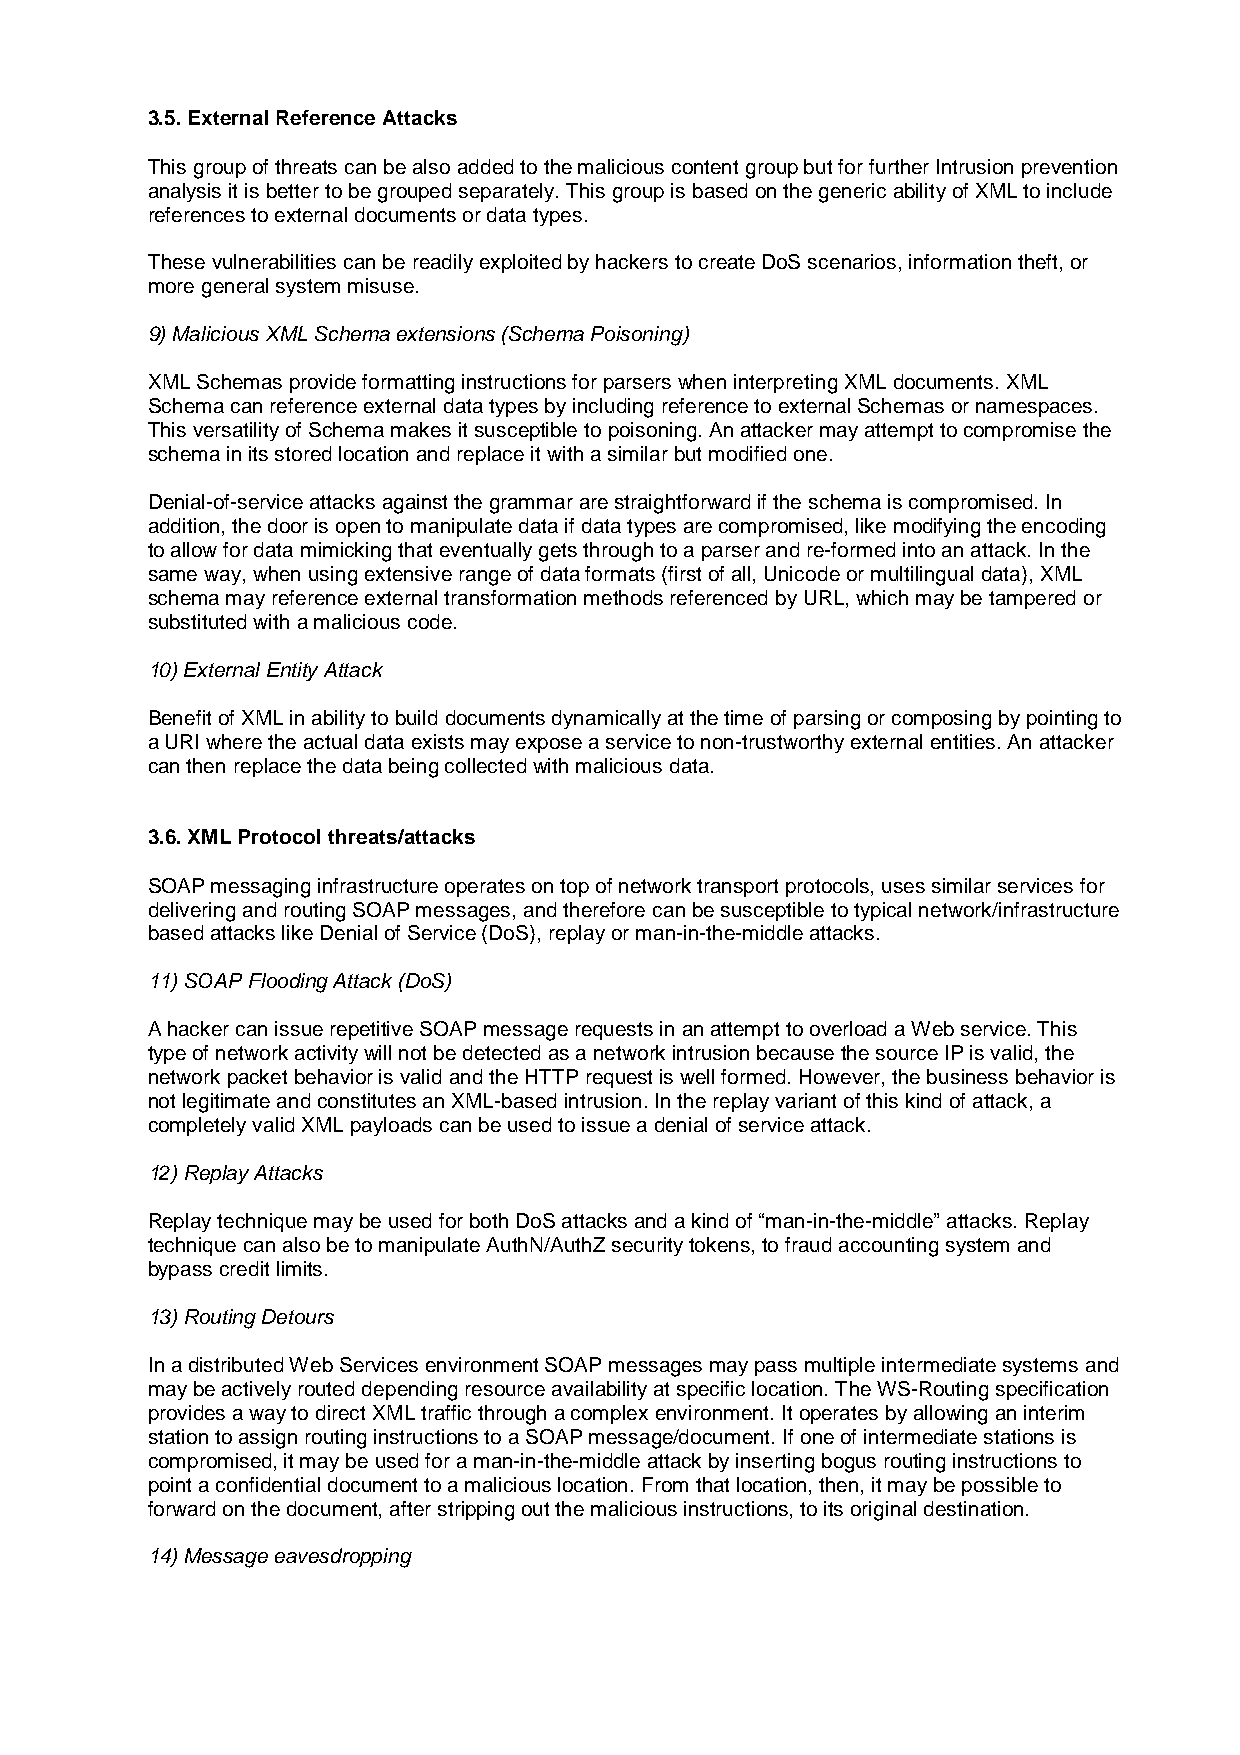
3.5. External Reference Attacks
 This group of threats can be also added to the malicious content group but for further Intrusion prevention
 analysis it is better to be grouped separately. This group is based on the generic ability of XML to include
 references to external documents or data types.
 These vulnerabilities can be readily exploited by hackers to create DoS scenarios, information theft, or
 more general system misuse.
 9) Malicious XML Schema extensions (Schema Poisoning)
 XML Schemas provide formatting instructions for parsers when interpreting XML documents. XML
 Schema can reference external data types by including reference to external Schemas or namespaces.
 This versatility of Schema makes it susceptible to poisoning. An attacker may attempt to compromise the
 schema in its stored location and replace it with a similar but modified one.
 Denial-of-service attacks against the grammar are straightforward if the schema is compromised. In
 addition, the door is open to manipulate data if data types are compromised, like modifying the encoding
 to allow for data mimicking that eventually gets through to a parser and re-formed into an attack. In the
 same way, when using extensive range of data formats (first of all, Unicode or multilingual data), XML
 schema may reference external transformation methods referenced by URL, which may be tampered or
 substituted with a malicious code.
 10) External Entity Attack
 Benefit of XML in ability to build documents dynamically at the time of parsing or composing by pointing to
 a URI where the actual data exists may expose a service to non-trustworthy external entities. An attacker
 can then replace the data being collected with malicious data.
 3.6. XML Protocol threats/attacks
 SOAP messaging infrastructure operates on top of network transport protocols, uses similar services for
 delivering and routing SOAP messages, and therefore can be susceptible to typical network/infrastructure
 based attacks like Denial of Service (DoS), replay or man-in-the-middle attacks.
 11) SOAP Flooding Attack (DoS)
 A hacker can issue repetitive SOAP message requests in an attempt to overload a Web service. This
 type of network activity will not be detected as a network intrusion because the source IP is valid, the
 network packet behavior is valid and the HTTP request is well formed. However, the business behavior is
 not legitimate and constitutes an XML-based intrusion. In the replay variant of this kind of attack, a
 completely valid XML payloads can be used to issue a denial of service attack.
 12) Replay Attacks
 Replay technique may be used for both DoS attacks and a kind of “man-in-the-middle” attacks. Replay
 technique can also be to manipulate AuthN/AuthZ security tokens, to fraud accounting system and
 bypass credit limits.
 13) Routing Detours
 In a distributed Web Services environment SOAP messages may pass multiple intermediate systems and
 may be actively routed depending resource availability at specific location. The WS-Routing specification
 provides a way to direct XML traffic through a complex environment. It operates by allowing an interim
 station to assign routing instructions to a SOAP message/document. If one of intermediate stations is
 compromised, it may be used for a man-in-the-middle attack by inserting bogus routing instructions to
 point a confidential document to a malicious location. From that location, then, it may be possible to
 forward on the document, after stripping out the malicious instructions, to its original destination.
 14) Message eavesdropping